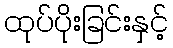
ထုပ်ပိုးခြင်းနှင့်